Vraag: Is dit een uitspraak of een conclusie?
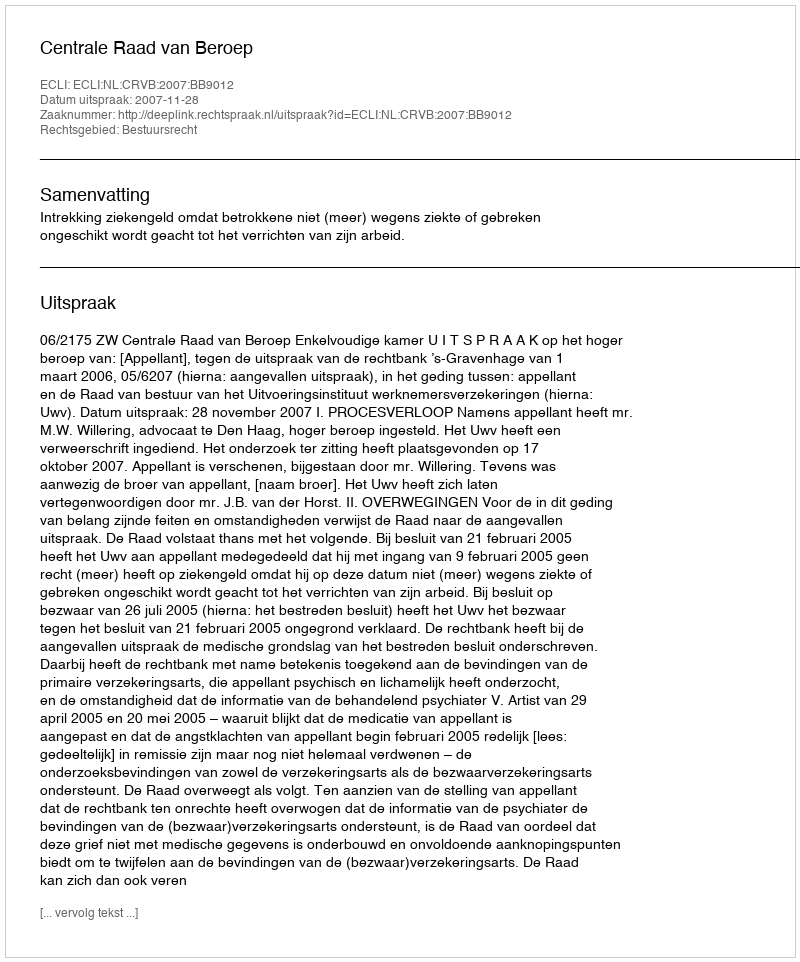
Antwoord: Uitspraak